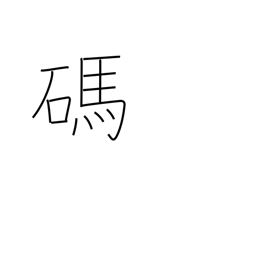
Meaning: number